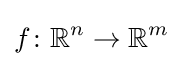
f\colon \mathbb {R} ^{n}\rightarrow \mathbb {R} ^{m}